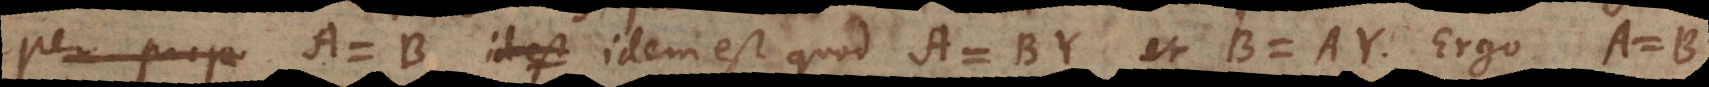
r: A = B idem est quod A = BY et B = AY. Ergo A